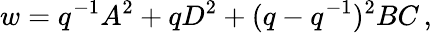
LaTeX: w=q^{-1}A^{2}+qD^{2}+(q-q^{-1})^{2}BC\, ,